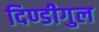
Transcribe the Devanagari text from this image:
दिण्डीगुल